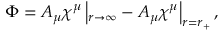
\Phi = A _ { \mu } \chi ^ { \mu } \left| _ { r \rightarrow \infty } - A _ { \mu } \chi ^ { \mu } \right| _ { r = r _ { + } } ,